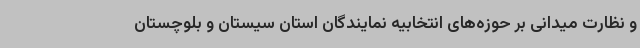
و نظارت میدانی بر حوزه‌های انتخابیه نمایندگان استان سیستان و بلوچستان